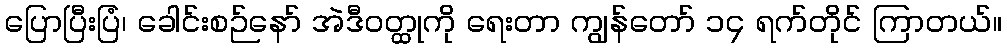
ပြောပြီးပြံ၊ ခေါင်းစဉ်နော် အဲဒီဝတ္ထုကို ရေးတာ ကျွန်တော် ၁၄ ရက်တိုင် ကြာတယ်။